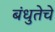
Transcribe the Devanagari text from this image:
बंधुतेचे